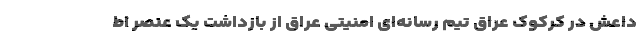
داعش در کرکوک عراق تیم رسانه‌ای امنیتی عراق از بازداشت یک عنصر اط